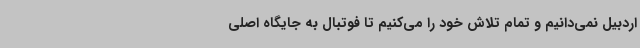
اردبیل نمی‌دانیم و تمام تلاش خود را می‌کنیم تا فوتبال به جایگاه اصلی